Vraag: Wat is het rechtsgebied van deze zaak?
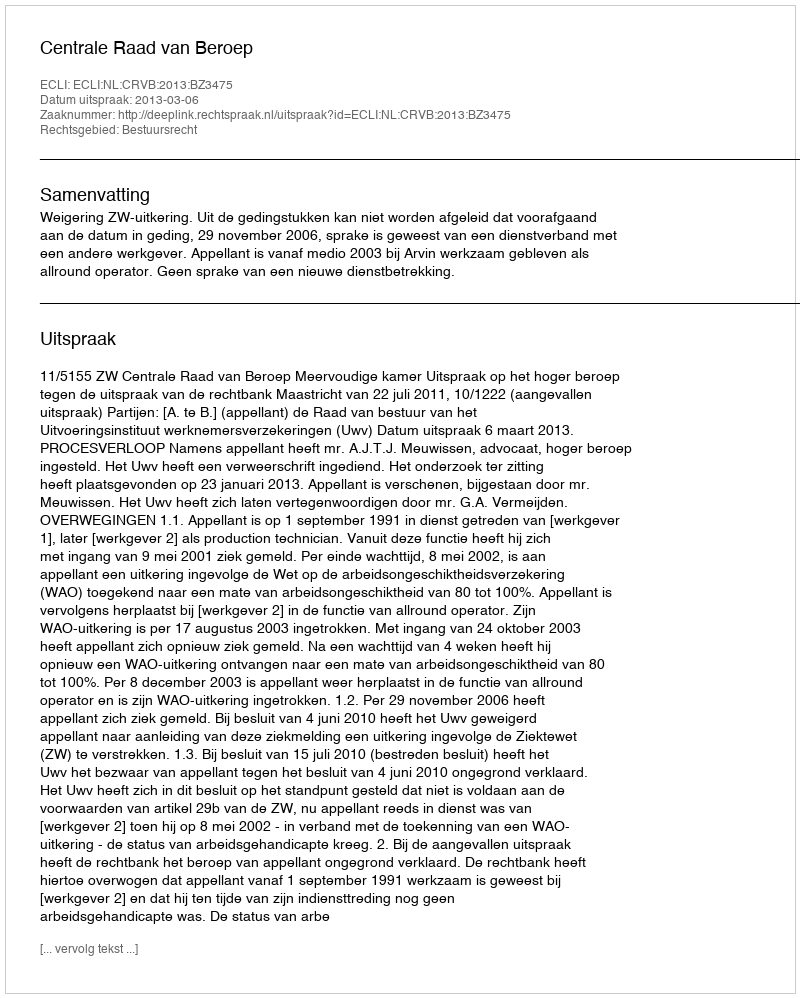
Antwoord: Bestuursrecht